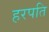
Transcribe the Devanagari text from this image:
हरपति